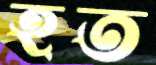
হত